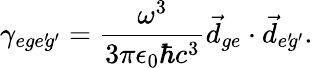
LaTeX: \gamma_{ege^{\prime}\! g^{\prime}}=\frac{\omega^{3}}{3\pi\epsilon_{0}\hbar c^{3}}\vec{d}_{ge}\cdot\vec{d}_{e^{\prime}\! g^{\prime}}.